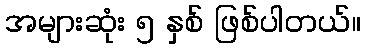
အများဆုံး ၅ နှစ် ဖြစ်ပါတယ်။